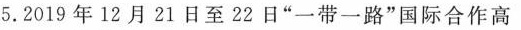
5.2019年12月21日至22日”一带一路”国际合作高